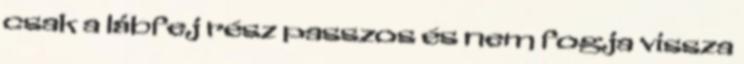
csak a lábfej rész passzos és nem fogja vissza